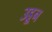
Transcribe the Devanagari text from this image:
उडू्न